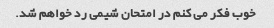
خوب فکر می کنم در امتحان شیمی رد خواهم شد.